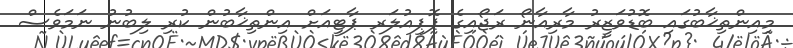
މިއިންތިޚާބުގައި ބޮޑުވަޒީރު މާރިއާނޯ ރަޖޯއިގެ ޕޮޕިއުލަރ ޕާޓީއަށް އިންތިޚާބުން ކުރި ލިބުނު ނަމަވެސް